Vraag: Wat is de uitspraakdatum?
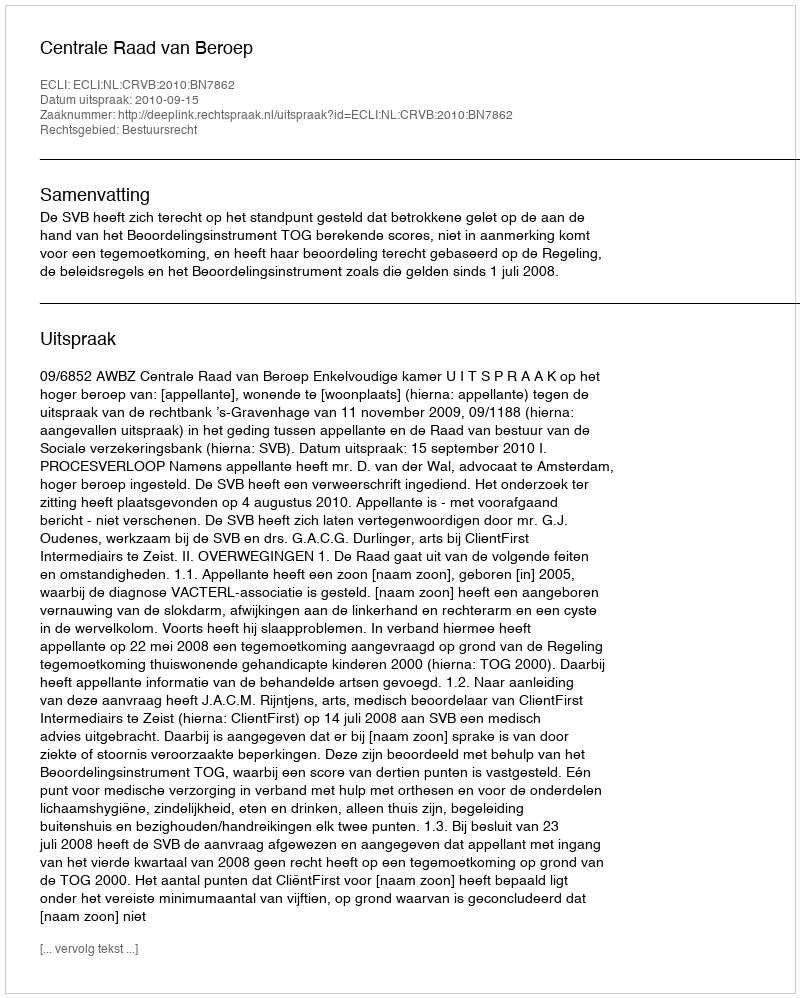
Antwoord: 2010-09-15